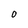
Character: O